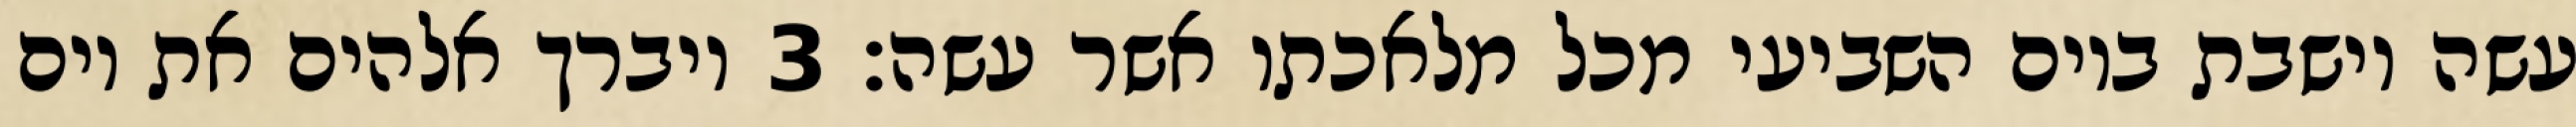
עשה וישבת ביום השביעי מכל מלאכתו אשר עשה׃ ‎3‏ ויברך אלהים את יום